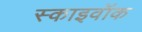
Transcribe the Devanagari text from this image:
स्काइवॉक